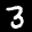
Label: 3